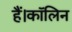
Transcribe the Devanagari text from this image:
हैं।कॉलिन